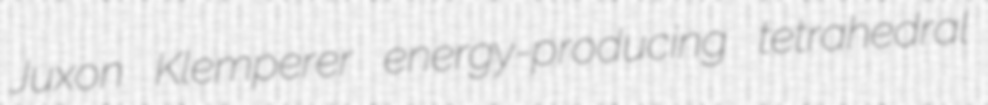
Juxon Klemperer energy-producing tetrahedral